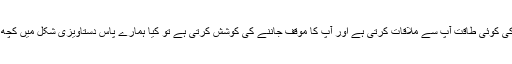
اگر آج دنیا کی کوئی طاقت آپ سے ملاقات کرتی ہے اور آپ کا موقف جاننے کی کوشش کرتی ہے تو کیا ہمارے پاس دستاویزی شکل میں کچھ موجود ہے؟